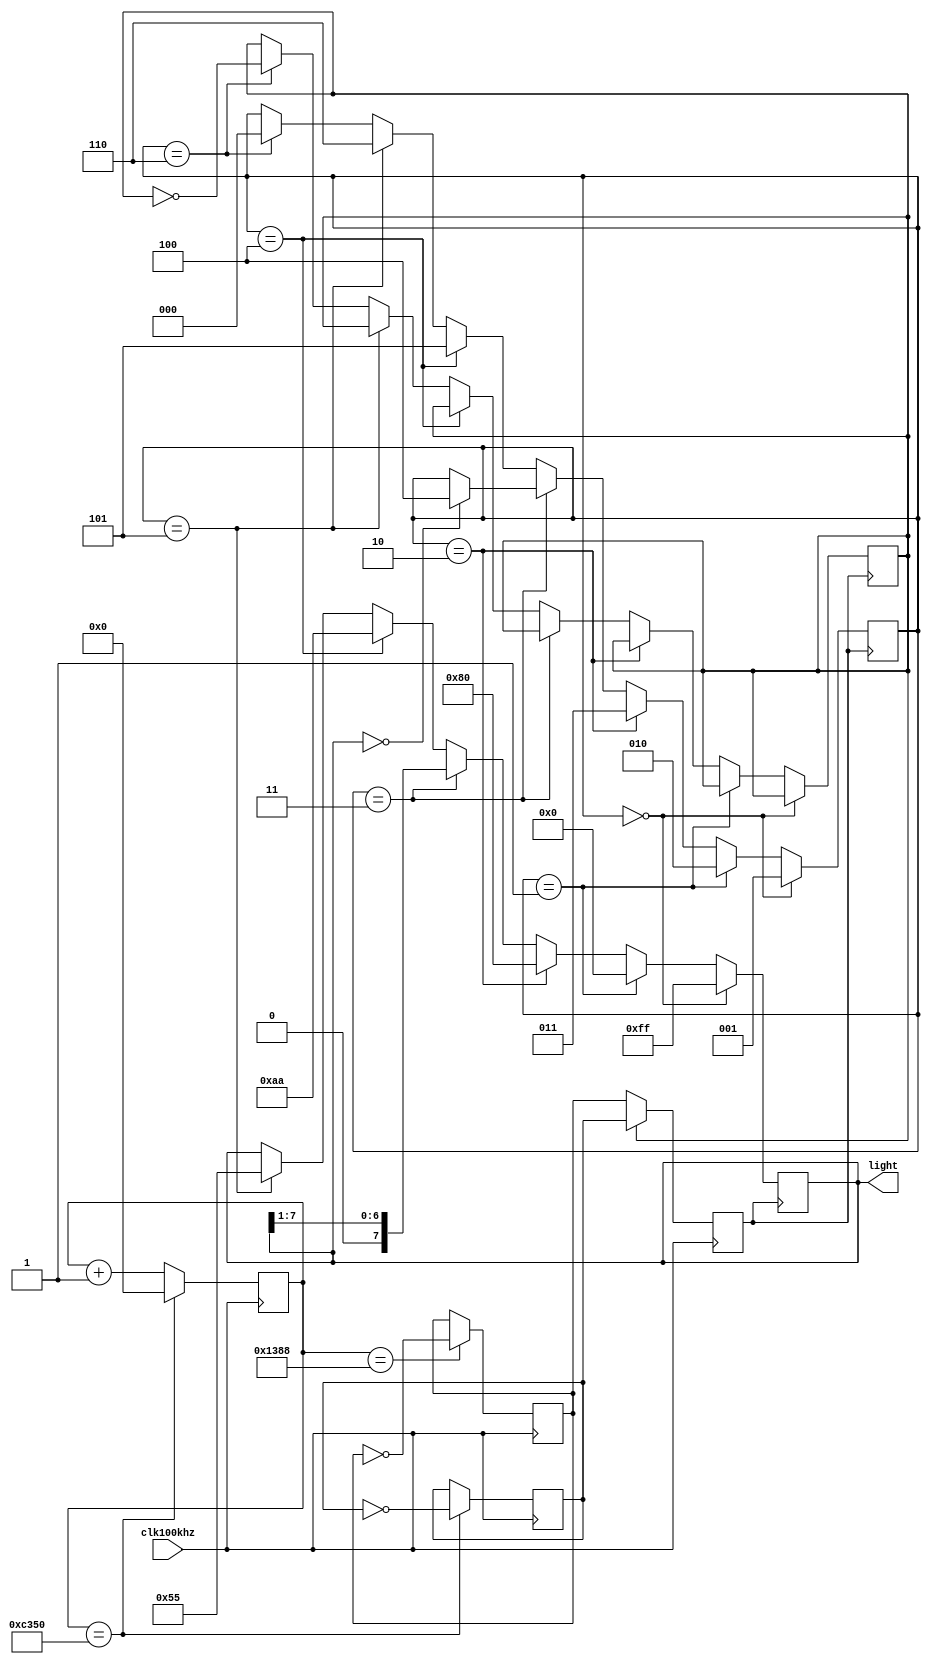
module light(clk100khz,light);
  input clk100khz;
  output[7:0] light;
  parameter len=7;

  reg[7:0]light;
  reg[25:0]count,count1;
  reg clk,clk1,clk2,b;
  reg[2:0]flag;
  
  initial b=1'b1;

always@(posedge clk100khz)
    begin
      if(count=='d50000)
        begin clk1=~clk1; count<=0;end
      else 
        begin count<=count+1'b1; end
    end

always@(posedge clk100khz)
    begin
      if(count=='d5000)
        begin clk2=~clk2; count1<=0;end
      else 
        begin count1<=count1+1'b1; end
    end

always@(posedge clk100khz)
    begin
      if(b)
        clk<=clk1;
      else 
        clk<=clk2;
    end

always@(posedge clk)

begin
	if(flag==3'b000)
		begin
		  light<=8'b11111111;  //	  
		  flag<=3'b001;
		end
	else if(flag==3'b001)
		begin
		  light<=8'b00000000;  //
		  flag<=3'b010;
		end
	else if(flag==3'b010)
		begin
		  light<=8'b10000000;//2
		  flag<=3'b011;
		end	
		
	else if(flag==3'b011)
		begin
		  
		  light[len:0]<={1'b0,light[len:1]};  //
		  
		  if(light==8'b00000000)
		     flag<=3'b100;
		end
	else if(flag==3'b100)
		begin
		  light<=8'b10101010;
		  flag<=3'b101;
		end
	else if(flag==3'b101)
		begin
		  light<=8'b01010101;
		  flag<=3'b110;
		end	
	else if(flag==3'b110)
		begin
		  flag<=3'b000;
		  b=~b;
		end
end

endmodule